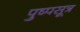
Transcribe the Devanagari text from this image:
पुष्पसूत्र